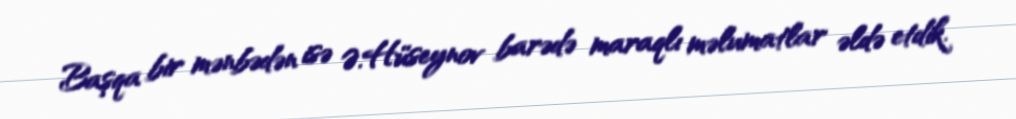
Başqa bir mənbədən isə Ə.Hüseynov barədə maraqlı məlumatlar əldə etdik.